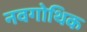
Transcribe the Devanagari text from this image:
नवगोथिक